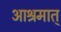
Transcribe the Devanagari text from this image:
आश्रमात्‌